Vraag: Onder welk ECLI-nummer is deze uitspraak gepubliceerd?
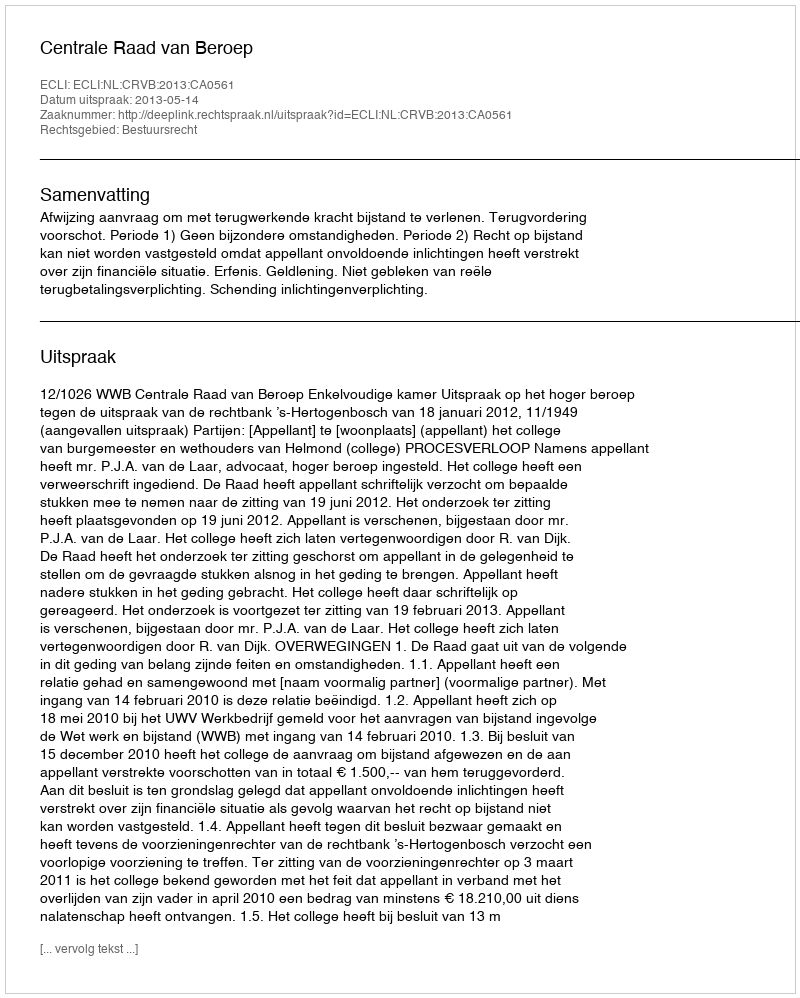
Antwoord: ECLI:NL:CRVB:2013:CA0561